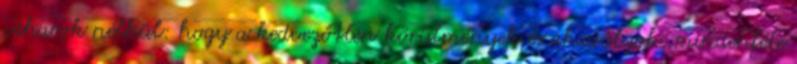
viharok nélkül: hogy a kedvezőtlen körülmények és akadályok, mindenféle